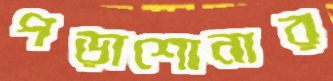
পড়াশোনার